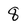
Character: 8